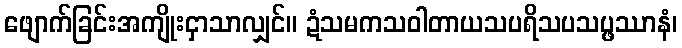
ဖျောက်ခြင်းအကျိုးငှာသာလျှင်။ ဍံသမကသဝါတာယသပရိသပသပ္ဖဿာနံ၊